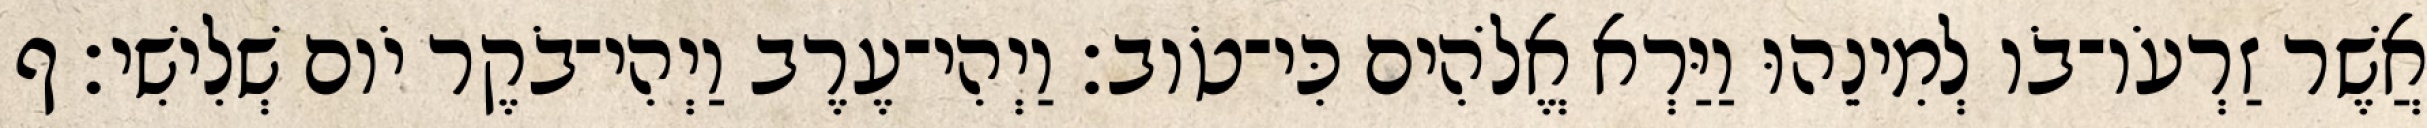
אֲשֶׁר זַרְעֹו־בֹו לְמִינֵהוּ וַיַּרְא אֱלֹהִים כִּי־טֹוב׃ וַיְהִי־עֶרֶב וַיְהִי־בֹקֶר יֹום שְׁלִישִׁי׃ ף